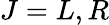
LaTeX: J=L,R